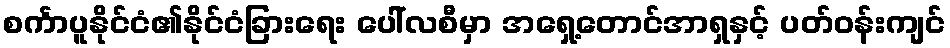
စင်္ကာပူနိုင်ငံ၏နိုင်ငံခြားရေး ပေါ်လစီမှာ အရှေ့တောင်အာရှနှင့် ပတ်ဝန်းကျင်